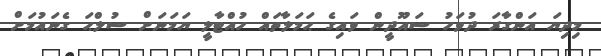
މިދިޔަ އަންގާރަ ދުވަހު ސައޫދީން ވައިގެ ޙަމަލާތައް ހުއްޓާލީ ޔަމަނަށް ސުލްޙަ ގެނައުމަށް